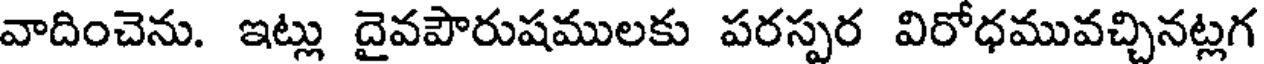
వాదించెను. ఇట్లు దైవపారుషములకు పరస్పర విరోధమువచ్చినట్లగ